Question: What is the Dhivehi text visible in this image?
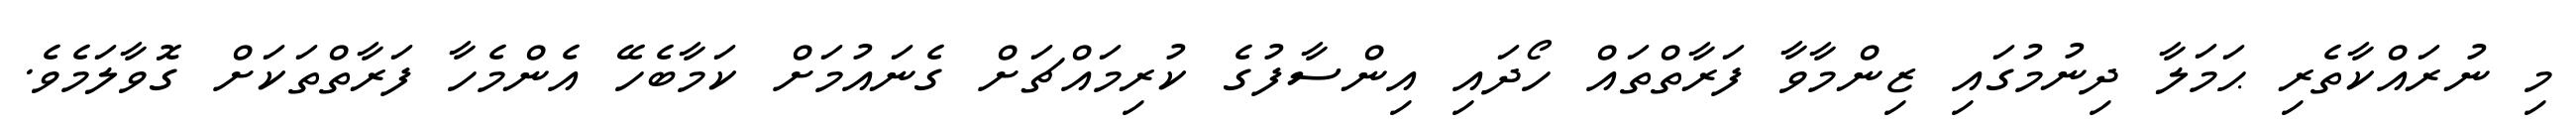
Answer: މި ނުރައްކާތެރި ޙަމަލާ ދިނުމުގައި ޒިންމާވާ ފަރާތްތައް ހޯދައި އިންސާފުގެ ކުރިމައްޗަށް ގެނައުމަށް ކަމާބެހޭ އެންމެހާ ފަރާތްތަކަށް ގޮވާލަމެވެ.